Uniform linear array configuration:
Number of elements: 16
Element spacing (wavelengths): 1
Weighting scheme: hann
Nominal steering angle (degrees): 15
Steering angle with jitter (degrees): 14.689
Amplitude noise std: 0.05
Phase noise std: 0.05

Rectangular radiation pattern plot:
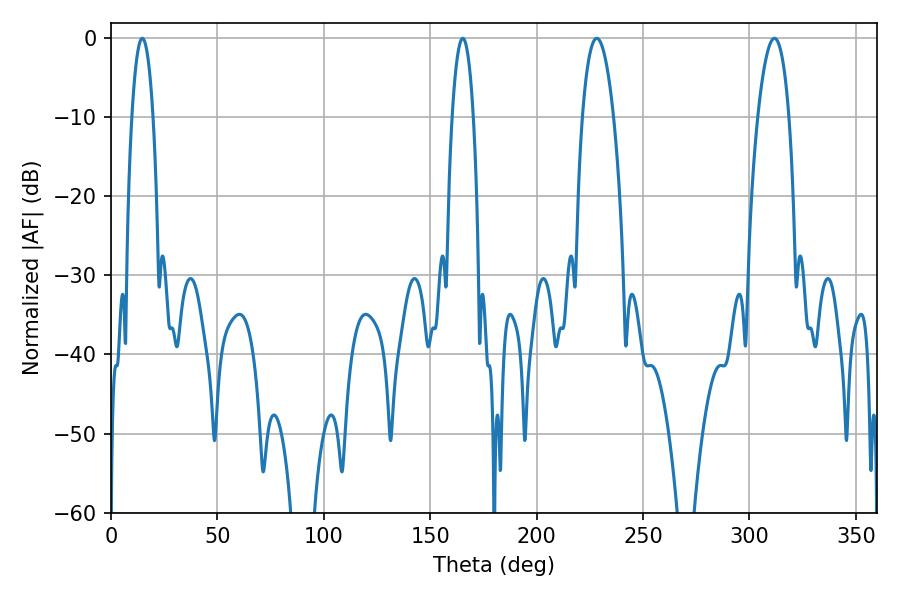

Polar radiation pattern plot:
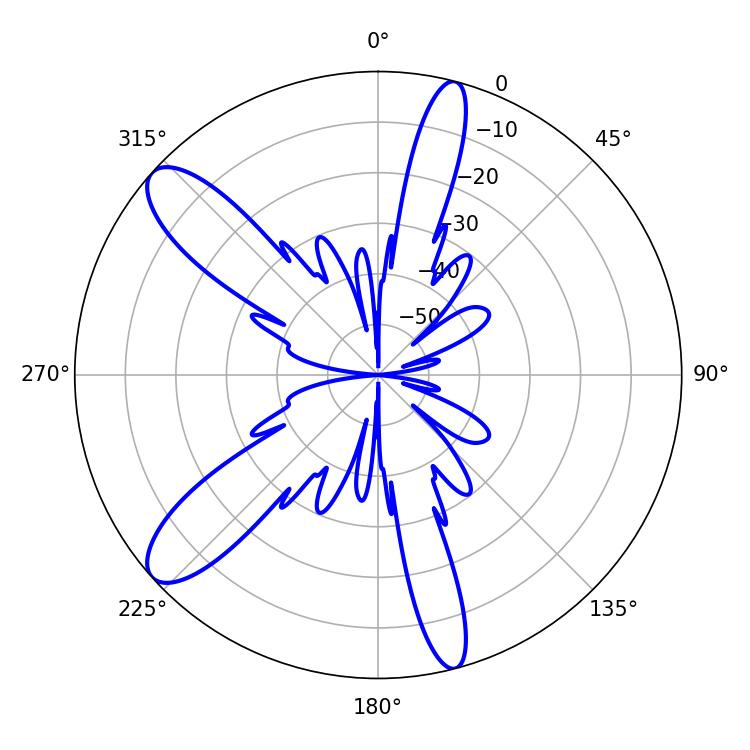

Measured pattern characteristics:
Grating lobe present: TRUE
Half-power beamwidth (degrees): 8.28
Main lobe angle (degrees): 228.24